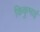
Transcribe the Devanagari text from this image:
किकुभाई